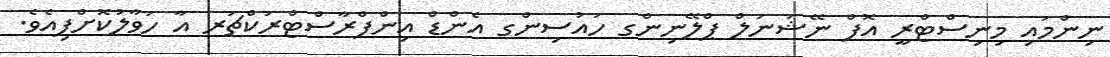
ނިންމައި މިނިސްޓްރީ އޮފް ނޭޝަނަލް ޕްލޭނިންގ ހައުސިންގ އެންޑް އިންފްރާސްޓްރަކްޗަރ އާ ހަވާލުކޮށްފިއެވެ.